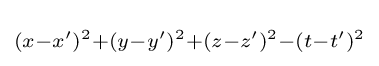
\scriptstyle (x-x')^{2}+(y-y')^{2}+(z-z')^{2}-(t-t')^{2}